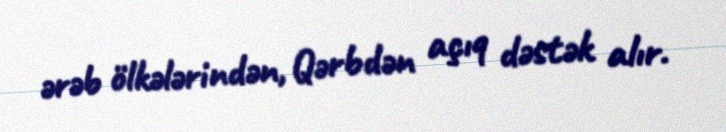
ərəb ölkələrindən, Qərbdən açıq dəstək alır.